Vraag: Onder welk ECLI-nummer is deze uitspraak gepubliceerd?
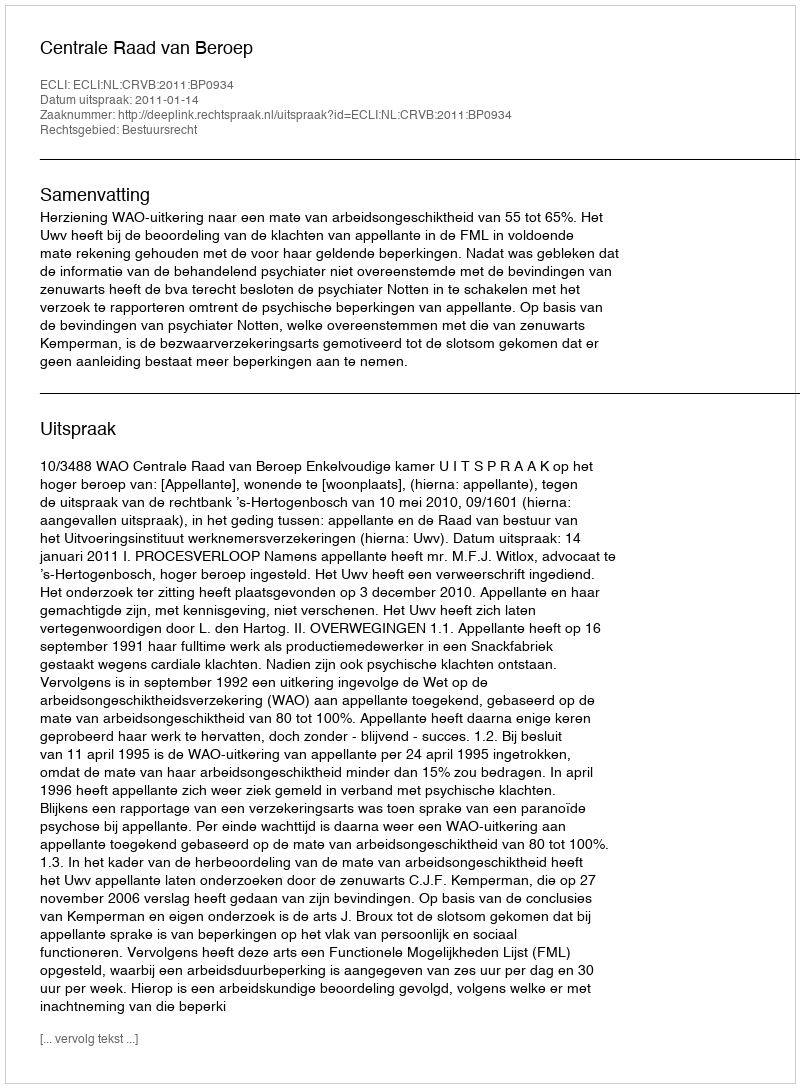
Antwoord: ECLI:NL:CRVB:2011:BP0934